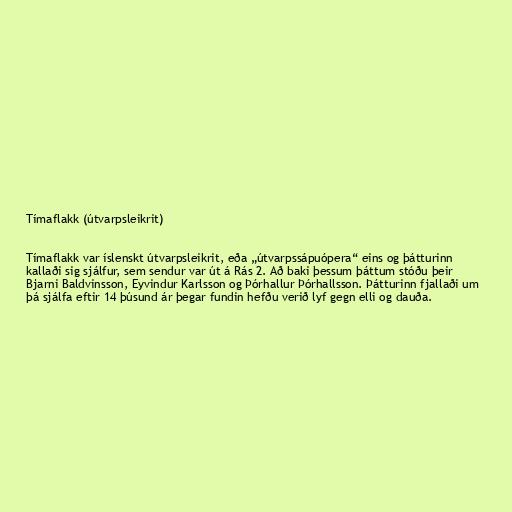
Tímaflakk (útvarpsleikrit)

Tímaflakk var íslenskt útvarpsleikrit, eða „útvarpssápuópera“ eins og þátturinn
kallaði sig sjálfur, sem sendur var út á Rás 2. Að baki þessum þáttum stóðu þeir
Bjarni Baldvinsson, Eyvindur Karlsson og Þórhallur Þórhallsson. Þátturinn fjallaði um
þá sjálfa eftir 14 þúsund ár þegar fundin hefðu verið lyf gegn elli og dauða.